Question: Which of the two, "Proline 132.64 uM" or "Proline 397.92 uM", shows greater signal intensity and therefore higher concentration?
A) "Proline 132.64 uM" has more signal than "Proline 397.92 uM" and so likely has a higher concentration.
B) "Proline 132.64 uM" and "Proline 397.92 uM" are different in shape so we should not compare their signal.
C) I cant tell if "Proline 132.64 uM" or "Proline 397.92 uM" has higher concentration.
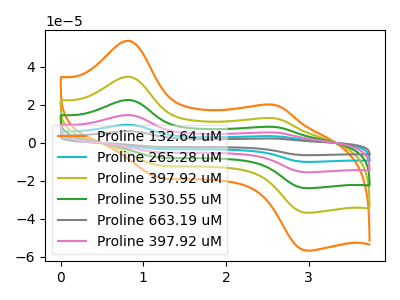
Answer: <think>The orange curve "Proline 132.64 uM" has anodic peaks at (0.80V, 53.80uA) (2.55V, 20.20uA) and cathodic peaks at (1.15V, -17.50uA) (3.00V, -56.60uA). The cyan curve "Proline 265.28 uM" has anodic peaks at (0.80V, 139.50uA) (2.55V, 52.35uA) and cathodic peaks at (1.15V, -45.40uA) (3.00V, -146.75uA). The olive curve "Proline 397.92 uM" has anodic peaks at (0.80V, 34.90uA) (2.55V, 13.10uA) and cathodic peaks at (1.15V, -11.35uA) (3.00V, -36.70uA). The green curve "Proline 530.55 uM" has anodic peaks at (0.80V, 69.75uA) (2.55V, 26.20uA) and cathodic peaks at (1.15V, -22.70uA) (3.00V, -73.40uA). The gray curve "Proline 663.19 uM" has anodic peaks at (0.80V, 174.40uA) (2.55V, 65.45uA) and cathodic peaks at (1.15V, -56.80uA) (3.00V, -183.45uA). The pink curve "Proline 397.92 uM" has anodic peaks at (0.80V, 104.65uA) (2.55V, 39.25uA) and cathodic peaks at (1.15V, -34.05uA) (3.00V, -110.10uA).
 All the peaks in "Proline 132.64 uM" have a peak in "Proline 397.92 uM" at the same potential. Every peak in "Proline 132.64 uM" is higher than every peak in "Proline 397.92 uM".</think>
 <answer>A) "Proline 132.64 uM" has more signal than "Proline 397.92 uM" and so likely has a higher concentration.</answer>
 <eval>A</eval>